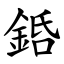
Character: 銽